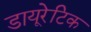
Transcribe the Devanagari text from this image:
डायूरेटिक